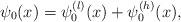
LaTeX: \begin{align*}\psi_0(x) = \psi_0^{(l)}(x) + \psi_0^{(h)}(x), \end{align*}